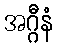
အဂ္ဂီနံ